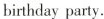
birthday party.